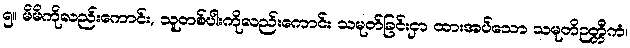
၅။ မိမိကိုလည်းကောင်း, သူတစ်ပါးကိုလည်းကောင်း သမုတ်ခြင်းငှာ ထားအပ်သော သမုတိဉတ္တိကံ၊